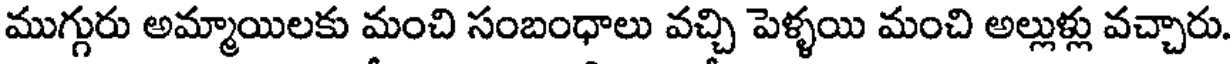
ముగ్గురు అమ్మాయిలకు మంచి సంబంధాలు వచ్చి పెళ్ళయి మంచి అల్లుళ్లు వచ్చారు.